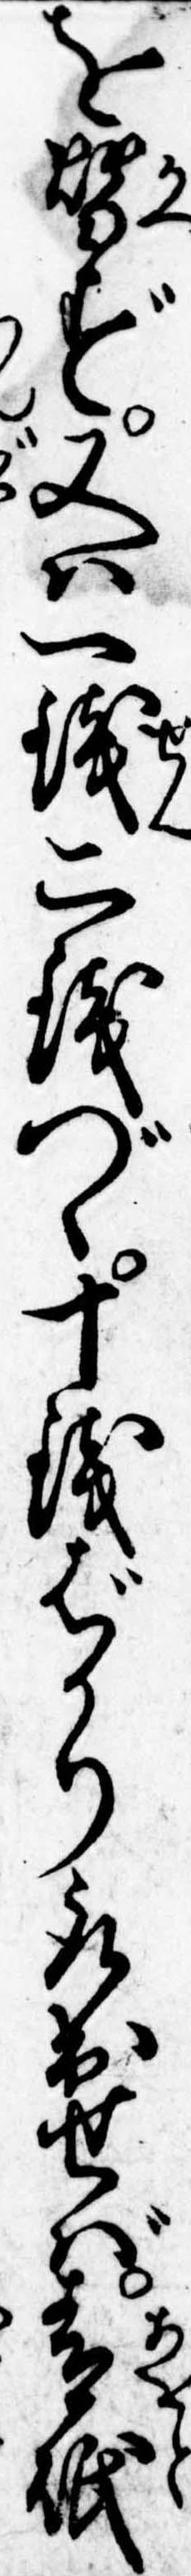
を替ず又は一銭二銭づゝ十銭ばかり取出せば青砥